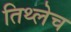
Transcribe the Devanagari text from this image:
तिथ्लेच